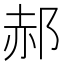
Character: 郝